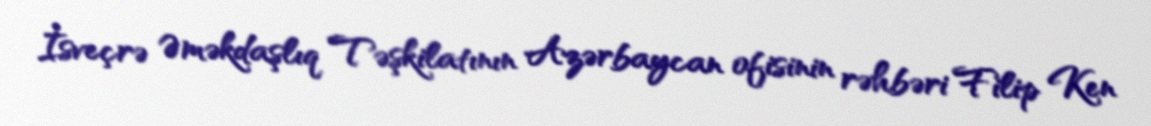
İsveçrə Əməkdaşlıq Təşkilatının Azərbaycan ofisinin rəhbəri Filip Ken